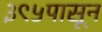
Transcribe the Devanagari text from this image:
३९५पासून